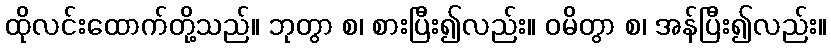
ထိုလင်းထောက်တို့သည်။ ဘုတွာ စ၊ စားပြီး၍လည်း။ ဝမိတွာ စ၊ အန်ပြီး၍လည်း။